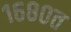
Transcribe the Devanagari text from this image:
१६८०त